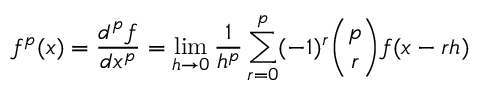
f ^ { p } ( x ) = { \frac { d ^ { p } f } { d x ^ { p } } } = \operatorname* { l i m } _ { h \rightarrow 0 } { \frac { 1 } { h ^ { p } } } \sum _ { r = 0 } ^ { p } ( - 1 ) ^ { r } \binom { p } { r } f ( x - r h )